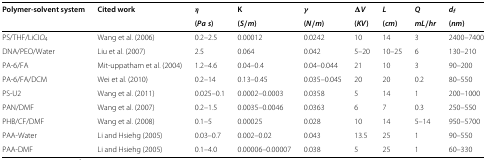
| Polymer-solvent system | Cited work | η | K | γ | ΔV | L | Q | df |
 |  |  | ( Pas) | ( S/ m) | ( N/ m) | ( KV) | ( cm) | mL/ hr | ( nm) |
 | --- | --- | --- | --- | --- | --- | --- | --- | --- |
 | PS/THF/LiCI O4 | Wang et al. (2006) | 0.2–2.5 | 0.00012 | 0.0242 | 10 | 14 | 3 | 2400–7400 |
 | DNA/PEO/Water | Liu et al. (2007) | 2.5 | 0.064 | 0.042 | 5–20 | 10–25 | 6 | 130–210 |
 | PA-6/FA | Mit-uppatham et al. (2004) | 1.2–4.6 | 0.04–0.4 | 0.04–0.044 | 21 | 10 | 3 | 90–200 |
 | PA-6/FA/DCM | Wei et al. (2010) | 0.2–14 | 0.13–0.45 | 0.035–0.045 | 20 | 20 | 0.2 | 80–550 |
 | PS-U2 | Wang et al. (2011) | 0.025–0.1 | 0.0002–0.0003 | 0.0358 | 5 | 14 | 1 | 200–1000 |
 | PAN/DMF | Wang et al. (2007) | 0.2–1.5 | 0.0035–0.0046 | 0.0363 | 6 | 7 | 0.3 | 250–550 |
 | PHB/CF/DMF | Wang et al. (2008) | 0.1–5 | 0.00025 | 0.028 | 10 | 14 | 5–14 | 950–5700 |
 | PAA-Water | Li and Hsiehg (2005) | 0.03–0.7 | 0.002–0.02 | 0.043 | 13.5 | 25 | 1 | 90–550 |
 | PAA-DMF | Li and Hsiehg (2005) | 0.1–4.0 | 0.00006–0.00007 | 0.038 | 5 | 25 | 1 | 60–330 |